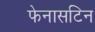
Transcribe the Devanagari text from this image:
फेनासटिन